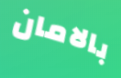
بالامان